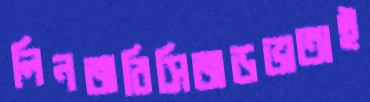
লিনজবিসিজডভাতাই